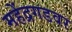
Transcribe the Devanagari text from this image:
महेंद्रगडवर